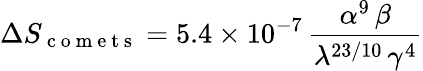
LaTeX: \Delta S_{\mathrm{~c~o~m~e~t~s~}}=5.4\times 10^{-7}\, \frac{\alpha^{9}\, \beta}{\lambda^{23/10}\, \gamma^{4}}